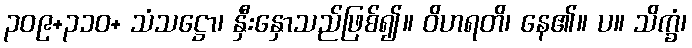
၃၀၉+၃၁၀+ သံသဋ္ဌော၊ နှီးနှောသည်ဖြစ်၍။ ဝိဟရတိ၊ နေ၏။ ပ။ သိက္ခံ၊